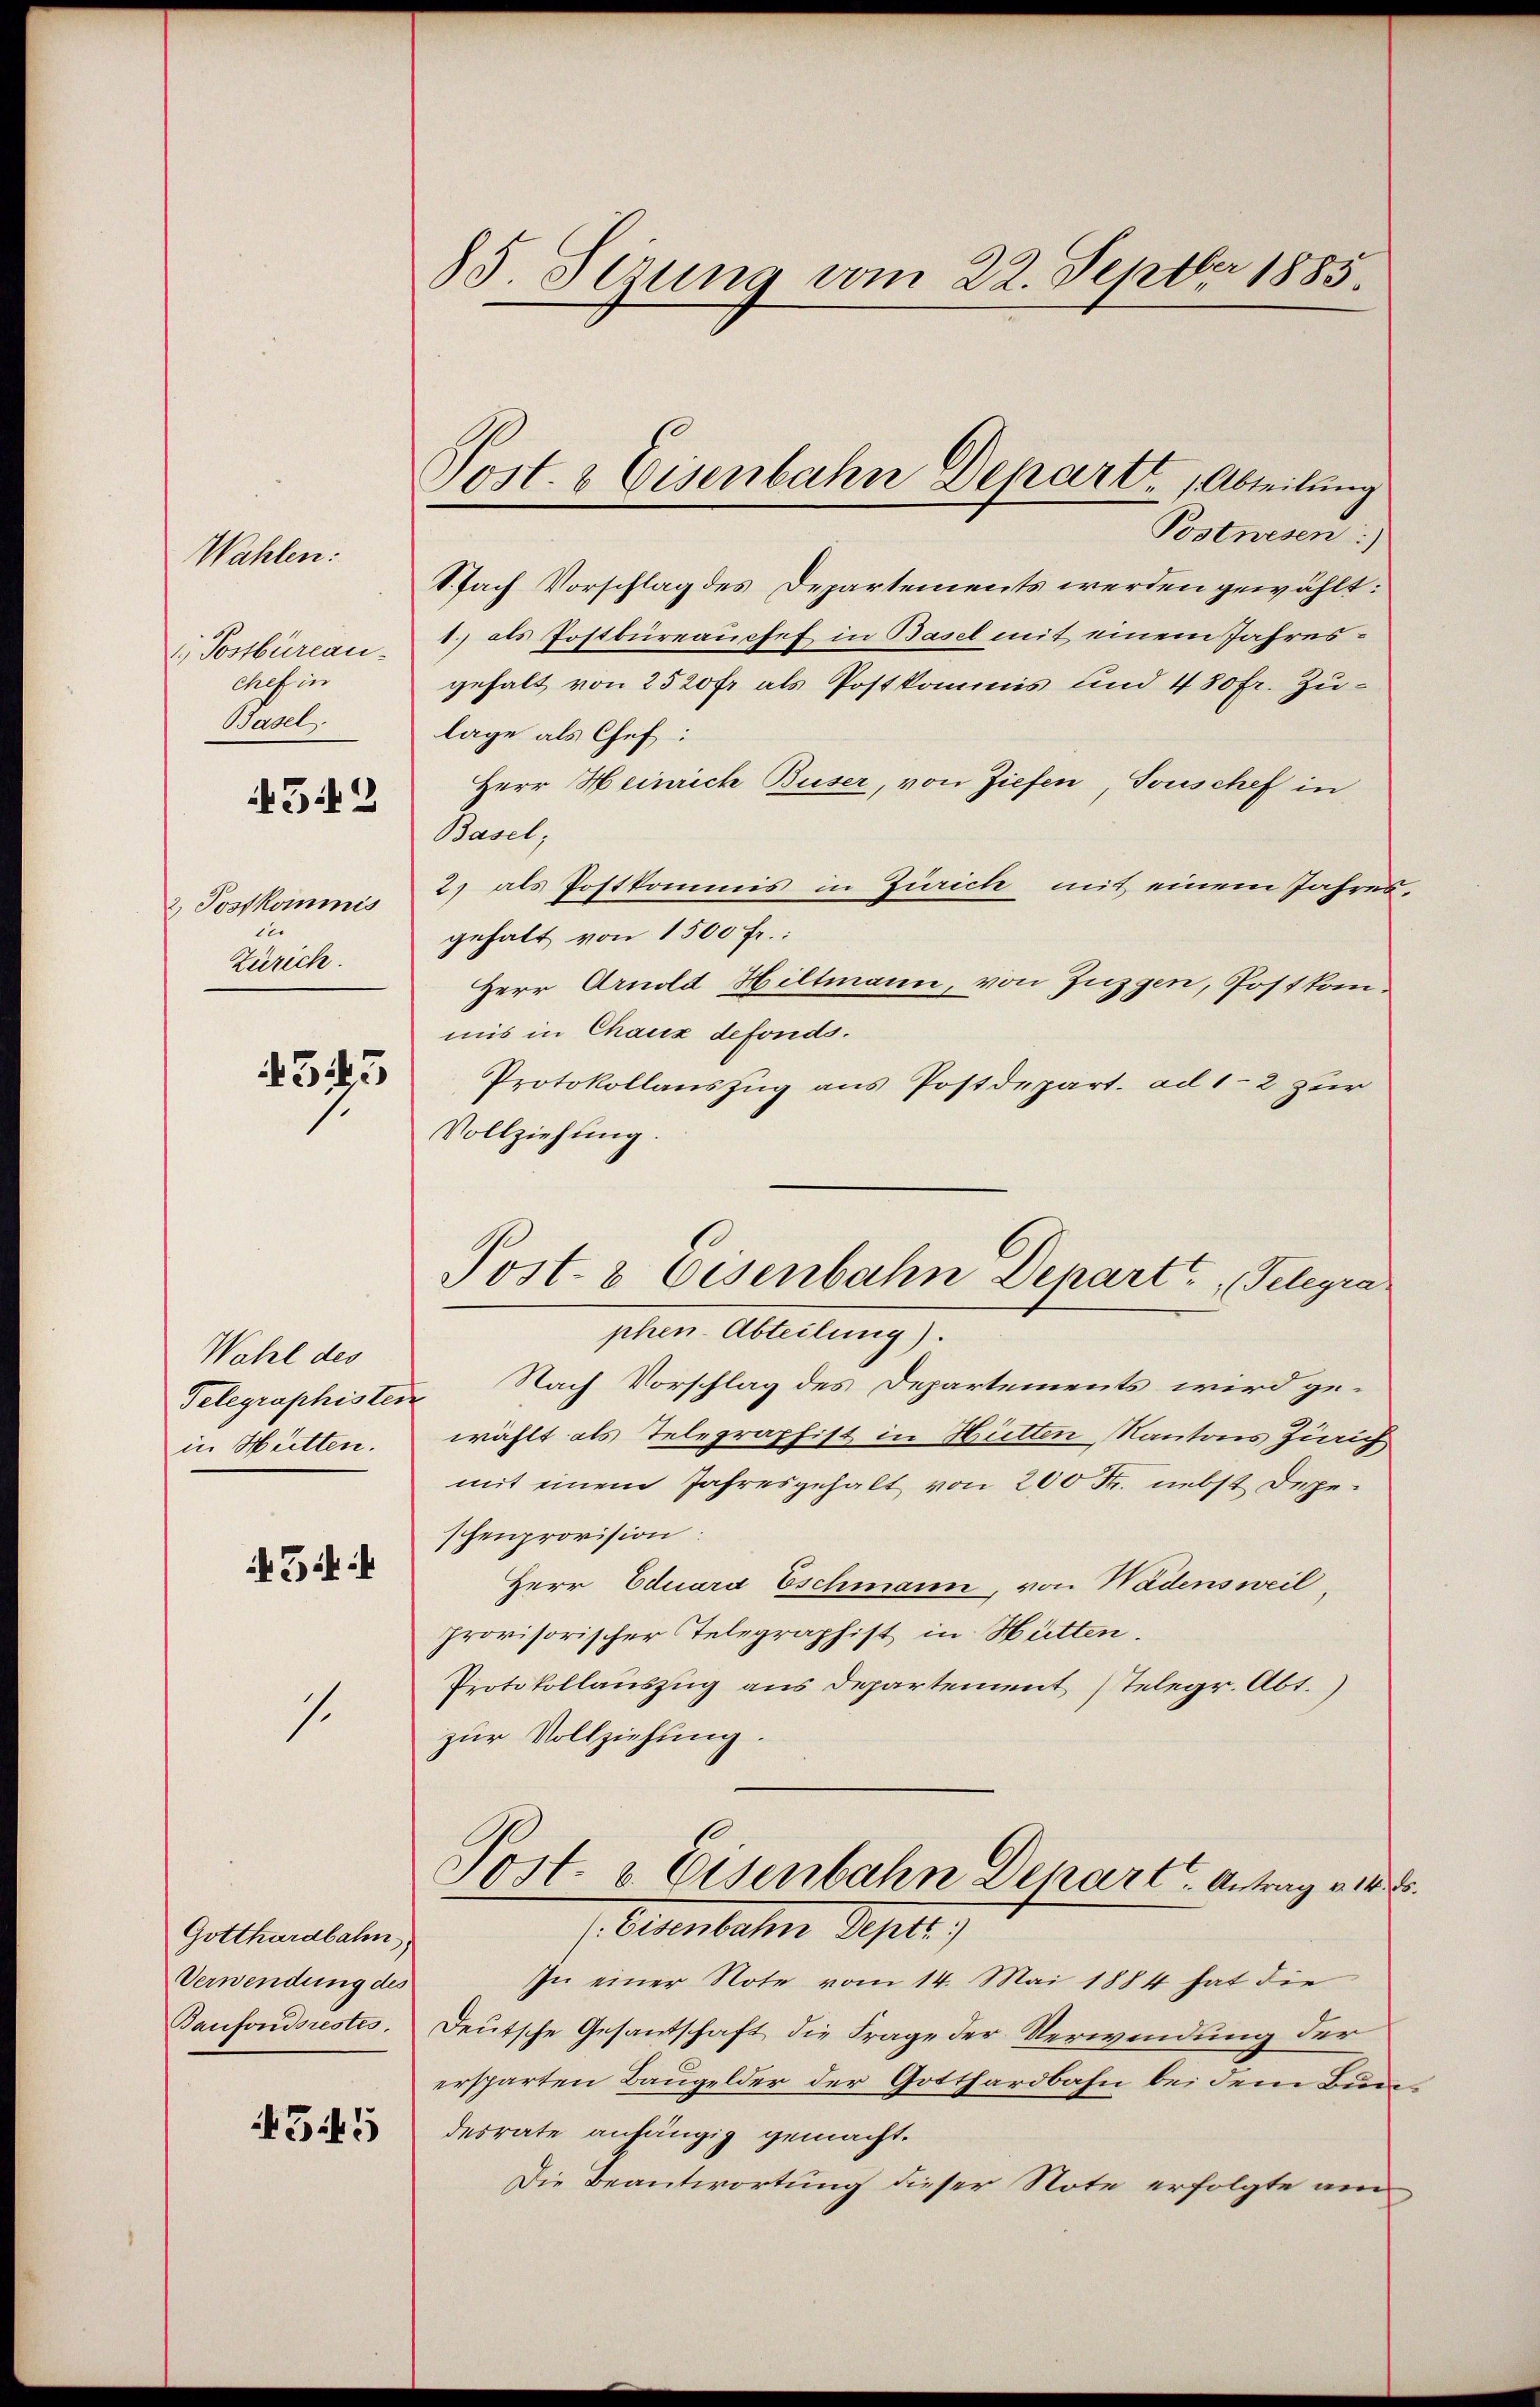
Wahlen:
1) Postbüreau.
chef in
Basels
542
2 Jostkommis
12.
Zürich.

4343

Wahl des
in Hütten.
54:

s.

Gotthardbahn
Verwendung des
Baufondsrestes.
43445

85. Sezung vom 22. Septbr 1885.

Post- & Eisenbahn Depart, Abteilung
Postwesen.)

Sfach Vorschlag des Departements werden gewählt:
1) als Postbüreausses in Basel mit einem Jahresgehalt von 2520 fr als Postkommis und 430 fr. Zulage als Chef:
Herr Heinrich Buser, von Ziefen, Touschef in
Basel;
2) als Postkommis in Zürich mit einem Jahresgehalt von 1500 fr.:
Herr Arnold Hiltmann, von Jugen, Post kommis in Chaux defonds.
Protokollauszug aus Postdepart. ad 1-2 zur
Vollziehung.
phen-Abteilung).
Telegraphisten Nach Vorschlag des Departements wird gewählt als Telegraphist in Hütten, Kantons Zürich
mit einem Jahresgehalt von 200 Fr. nebst Depeschenprovision:
Herr Eduara Eschmann, von Wädensweil
provisorischer Telegraphist in Hütten.
Protokollauszug aus Departement Telegr. Abt.)
zur Vollziehung.
Post- & Eisenbahn Depart. Antrag vor d
Atenbahn Sept.)
In einer Note vom 14. Mai 1884 hat die
Deutsche Gesandschaft die Frage der Verwendung der
ersparten Baugelder der Gotthardbahn bei dem Bundesrate anhängig gemacht.
Die Beantwortung dieser Note erfolgte am

Post- & Eisenbahn Depart Telegra